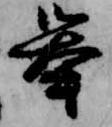
挙